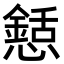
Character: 懖